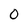
Character: 0